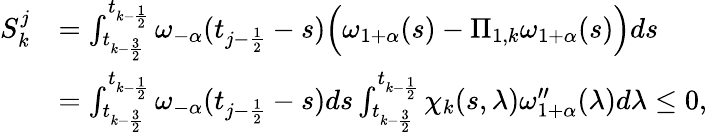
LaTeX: \begin{array}{rl}{S_{k}^{j}}&{=\int_{t_{k-\frac{3}{2}}}^{t_{k-\frac{1}{2}}}\omega_{-\alpha}(t_{j-\frac{1}{2}}-s)\Big(\omega_{1+\alpha}(s)-\Pi_{1,k}\omega_{1+\alpha}(s)\Big)ds}\\ &{=\int_{t_{k-\frac{3}{2}}}^{t_{k-\frac{1}{2}}}\omega_{-\alpha}(t_{j-\frac{1}{2}}-s)ds\int_{t_{k-\frac{3}{2}}}^{t_{k-\frac{1}{2}}}\chi_{k}(s,\lambda)\omega_{1+\alpha}^{\prime\prime}(\lambda)d\lambda\le 0,}\end{array}